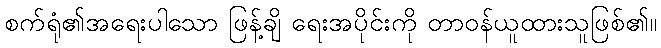
စက်ရုံ၏အရေးပါသော ဖြန့်ချိ ရေးအပိုင်းကို တာဝန်ယူထားသူဖြစ်၏။